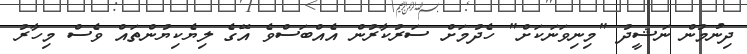
ދިނުމުން ނަޝީދު "މިނިވަނަކަށް" ހެދުމަށް ސަރުކާރުން އެއްބަސްވެ އޭގެ ލިޔެކިޔުންތައް ވެސް މިހާރު